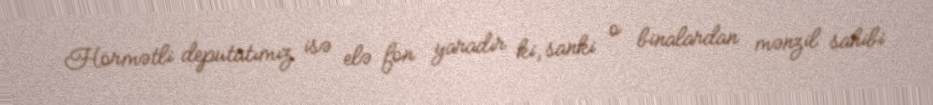
Hörmətli deputatımız isə elə fon yaradır ki, sanki o binalardan mənzil sahibi